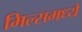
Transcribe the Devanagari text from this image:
मिल्समध्ये